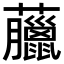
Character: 𧅕